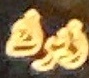
زیرك